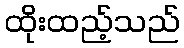
ထိုးထည့်သည်